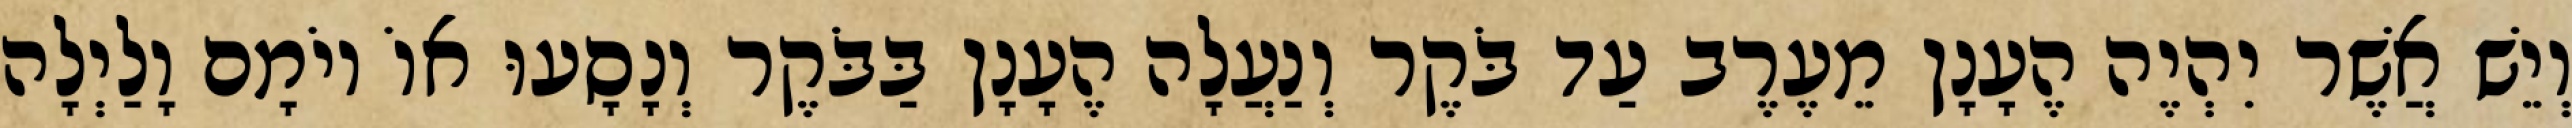
וְיֵשׁ אֲשֶׁר יִהְיֶה הֶעָנָן מֵעֶרֶב עַד בֹּקֶר וְנַעֲלָה הֶעָנָן בַּבֹּקֶר וְנָסָעוּ אוֹ יוֹמָם וָלַיְלָה